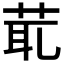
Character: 𦯍